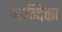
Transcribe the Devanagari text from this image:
मान्दिका